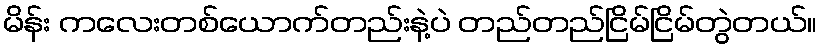
မိန်း ကလေးတစ်ယောက်တည်းနဲ့ပဲ တည်တည်ငြိမ်ငြိမ်တွဲတယ်။